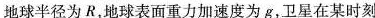
地球半径为R,地球表面重力加速度为g,卫星在某时刻